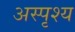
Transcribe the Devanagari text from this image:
अस्‍पृश्य